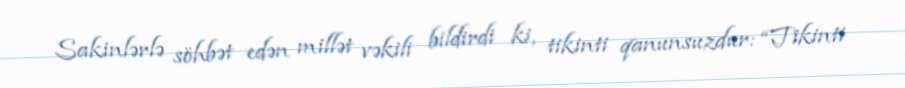
Sakinlərlə söhbət edən millət vəkili bildirdi ki, tikinti qanunsuzdur: “Tikinti